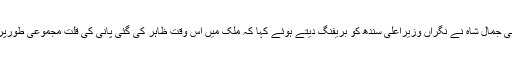
سیکریٹری آبپاشی جمال شاہ نے نگراں وزیراعلی سندھ کو بریفنگ دیتے ہوئے کہا کہ ملک میں اس وقت ظاہر کی گئی پانی کی قلت مجموعی طورپر 42 فیصد ہے۔